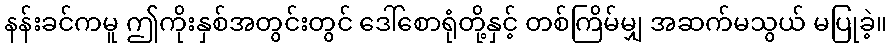
နန်းခင်ကမူ ဤကိုးနှစ်အတွင်းတွင် ဒေါ်စောရုံတို့နှင့် တစ်ကြိမ်မျှ အဆက်မသွယ် မပြုခဲ့။